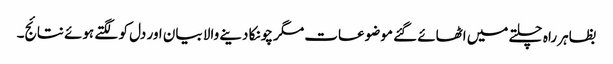
بظاہر راہ چلتے میں اٹھائے گئے موضوعات مگر چونکا دینے والا بیان اور دل کو لگتے ہوئے نتائج۔